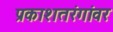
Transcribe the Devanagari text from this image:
प्रकाशतरंगांवर